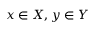
x \in X , y \in Y